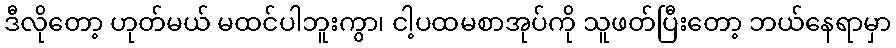
ဒီလိုတော့ ဟုတ်မယ် မထင်ပါဘူးကွာ၊ ငါ့ပထမစာအုပ်ကို သူဖတ်ပြီးတော့ ဘယ်နေရာမှာ